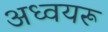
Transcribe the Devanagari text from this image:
अध्वयरू